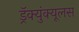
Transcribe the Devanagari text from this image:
ड्रॅक्युंक्यूलस